Lunatic asylums in Bengal annual reports 1899-1911 - 1899-1911
Year: 1899
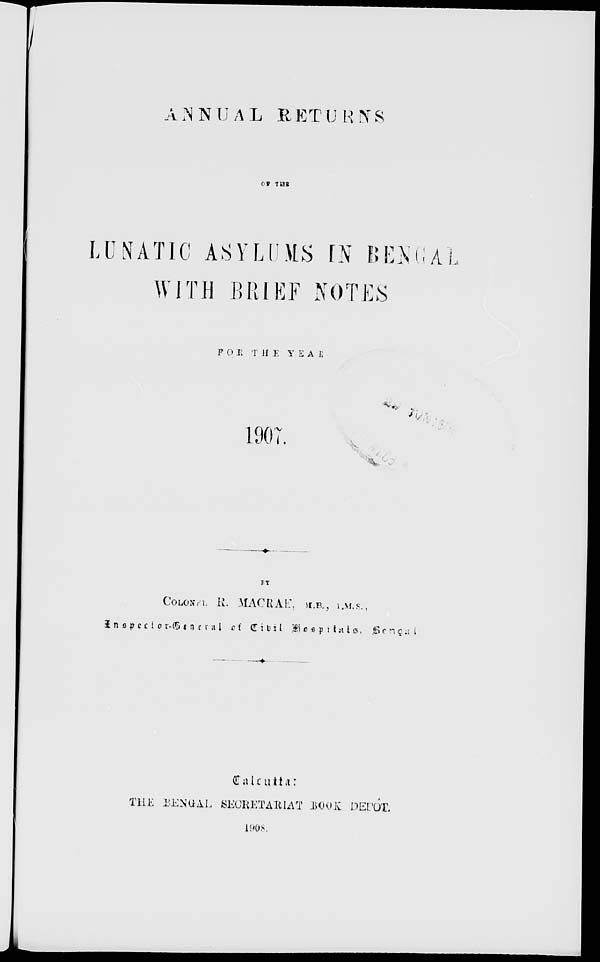
ANNUAL RETURNS
OF THE
LUNATIC ASYLUMS IN BENGAL
WITH BRIEF NOTES
FOR THE YEAR
1907.
BY
COLONEL R. MACRAE, M.B., I.M.S.,
Inspector-General of Civil Hospitals, Bengal
Calcutta :
THE BENGAL SECRETARIAT BOOK DEPÔT.
1908.